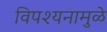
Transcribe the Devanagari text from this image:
विपश्यनामुळे